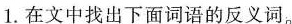
1.在文中找出下面词语的反义词。